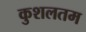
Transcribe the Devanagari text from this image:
कुशलतम